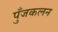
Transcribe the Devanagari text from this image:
पुँजकलन